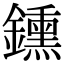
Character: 鑂